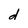
Character: d